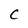
Character: C